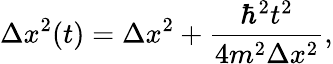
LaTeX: \Delta x^{2}(t)=\Delta x^{2}+\frac{\hbar^{2}t^{2}}{4m^{2}\Delta x^{2}},